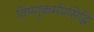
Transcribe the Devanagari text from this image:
विष्णुकर्मप्रसिद्धि